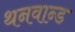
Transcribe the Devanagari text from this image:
थनवान्ड